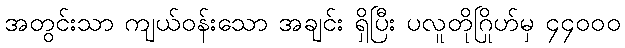
အတွင်းသာ ကျယ်ဝန်းသော အချင်း ရှိပြီး ပလူတိုဂြိုဟ်မှ ၄၄၀၀၀